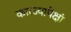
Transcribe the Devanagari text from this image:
काळ्यापेक्षां